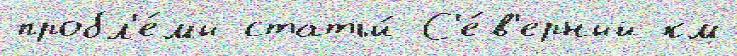
пробл'е́мы статьи́ С'е́в'ерный км